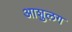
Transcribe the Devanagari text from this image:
आशुलग